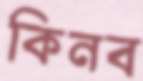
কিনব